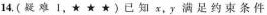
14.(疑难1，★★★)已知x，y满足约束条件